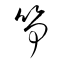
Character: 笋